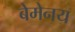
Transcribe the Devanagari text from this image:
बेमेनय